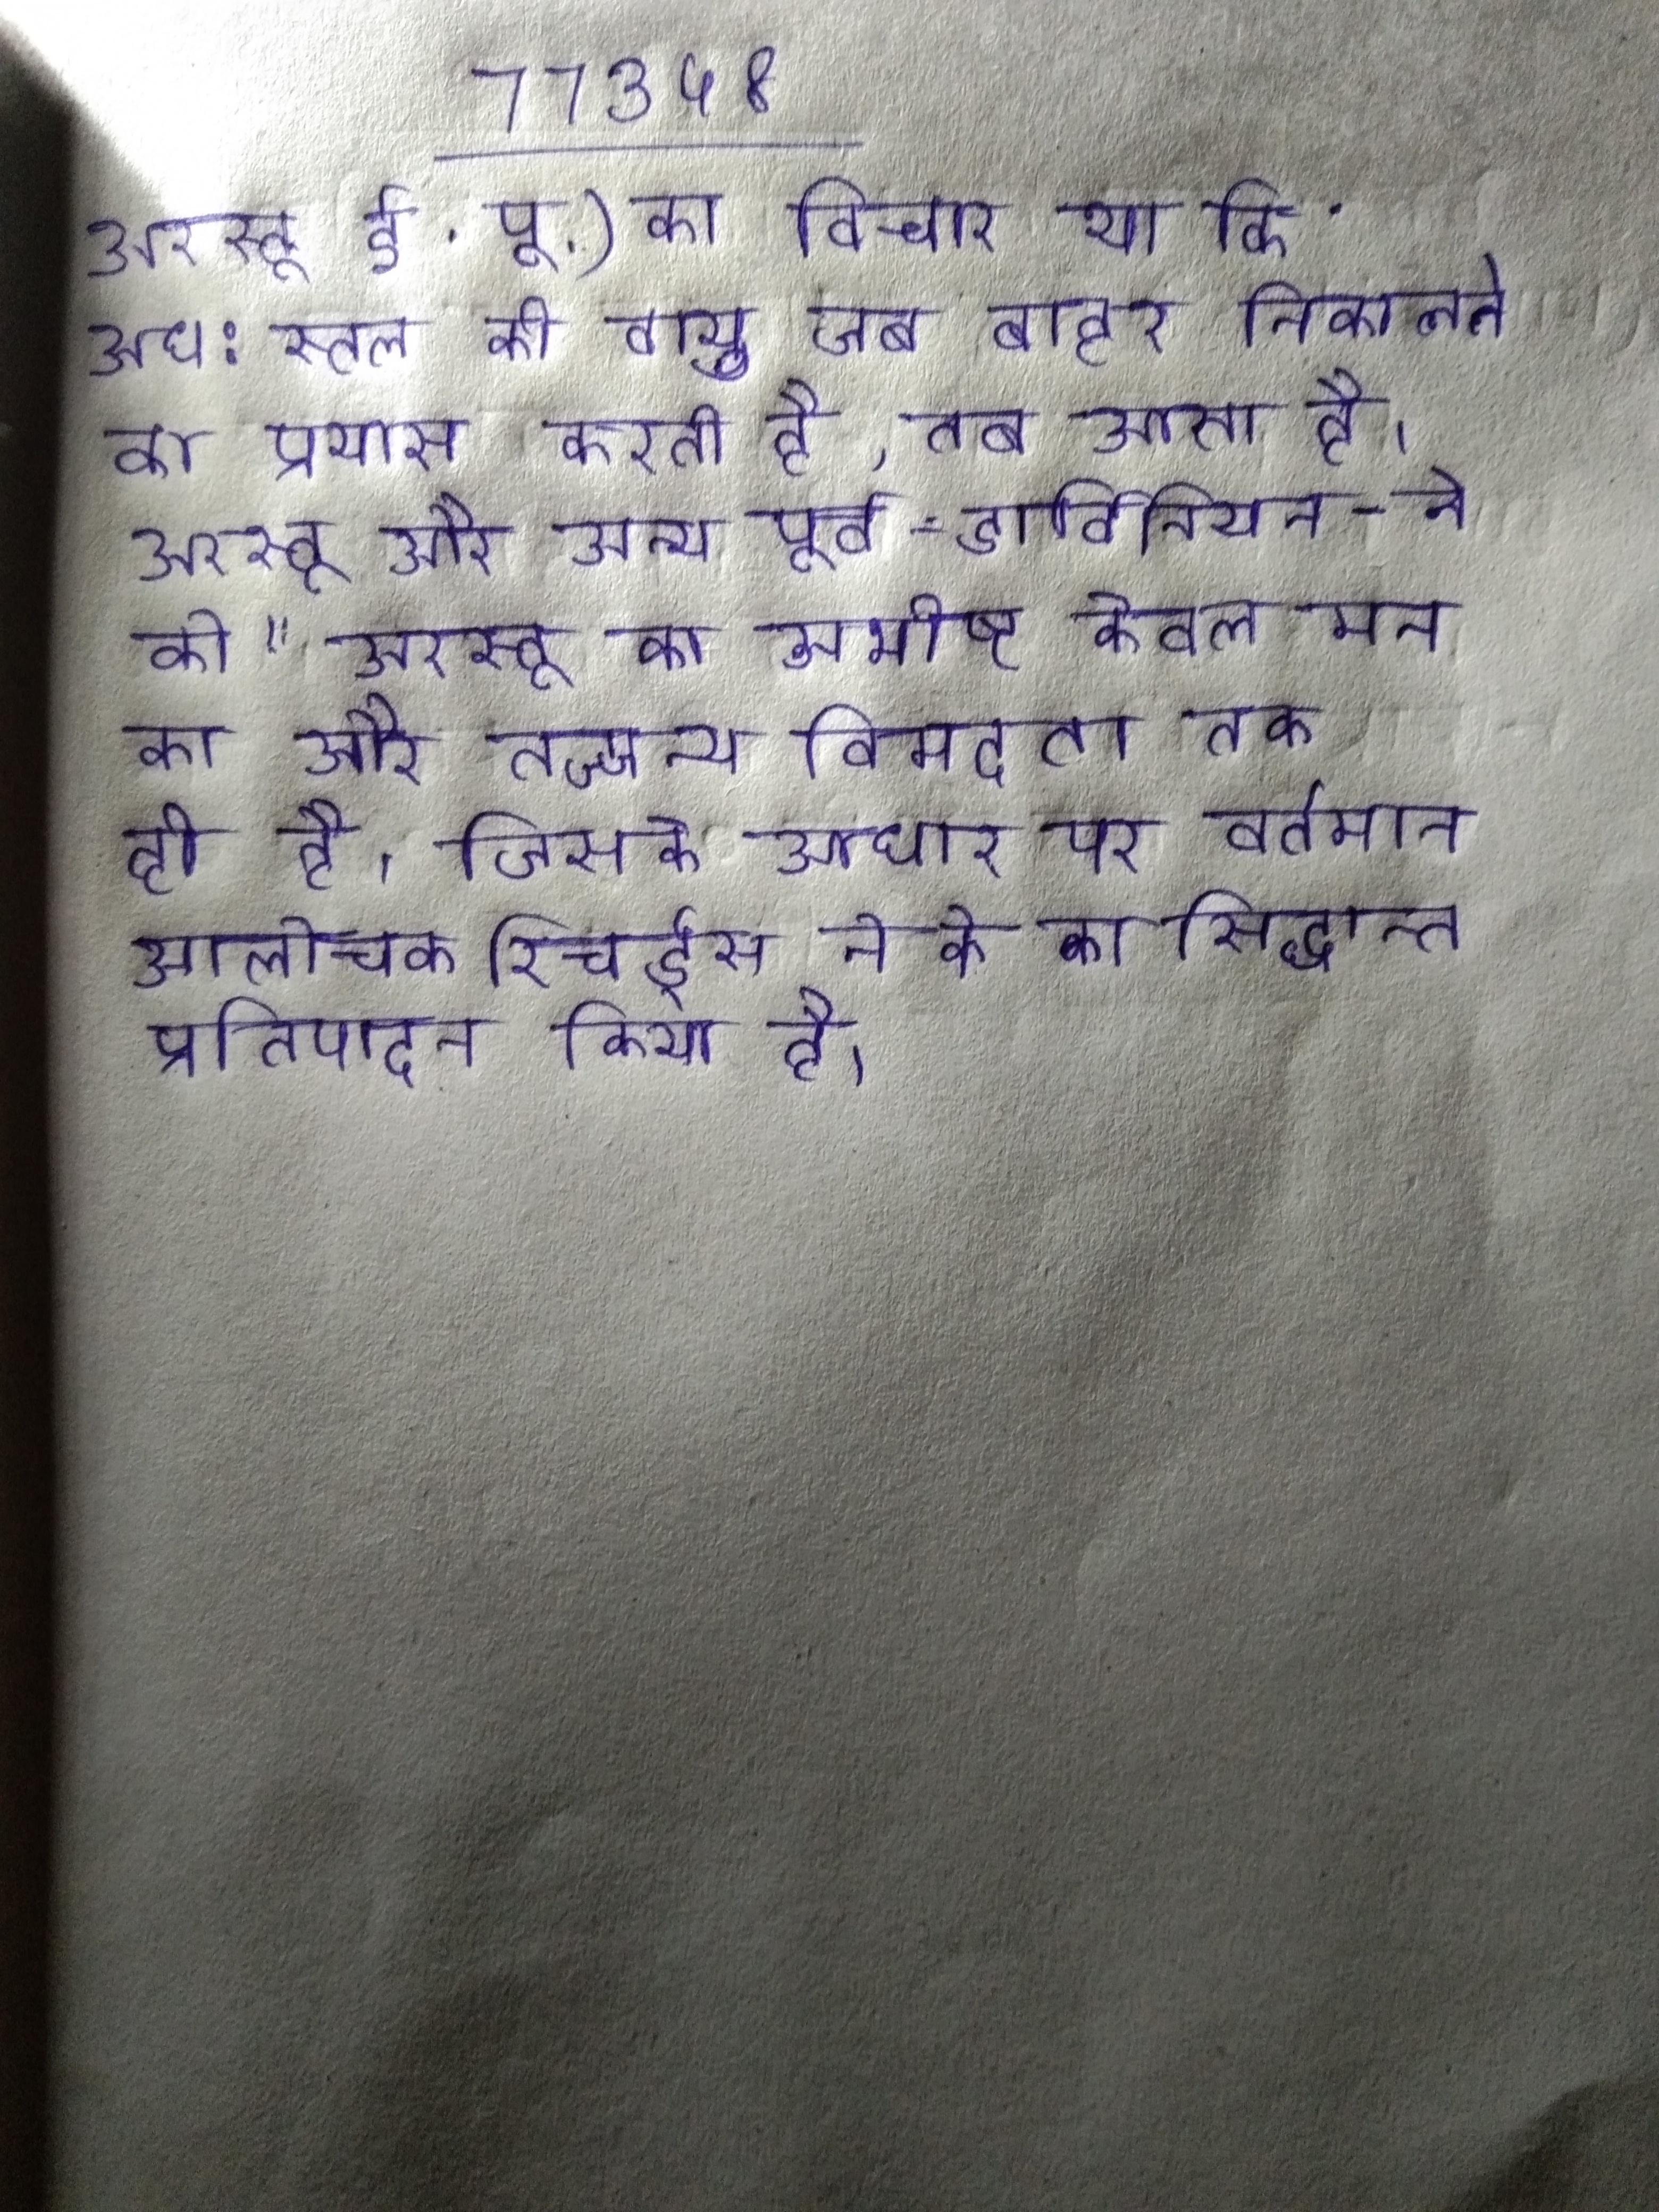
अरस्तू ई. पू.) का विचार था कि अध:स्तल की वायु जब बाहर निकलने का प्रयास करती है, तब आता है । अरस्तू और अन्य पूर्व-डार्विनियन ने को " अरस्तू का अभीष्ट केवल मन का और तज्जन्य विमदता तक ही है, जिसके आधार पर वर्तमान आलोचक रिचर्ड्स ने के का सिद्धान्त प्रतिपादन किया है ।